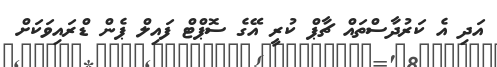
އަދި އެ ކަރުދާސްތައް ޗާޕް ކުރީ އޭގެ ސޮޕްޓް ފައިލް ޕެން ޑްރައިވަކަށް